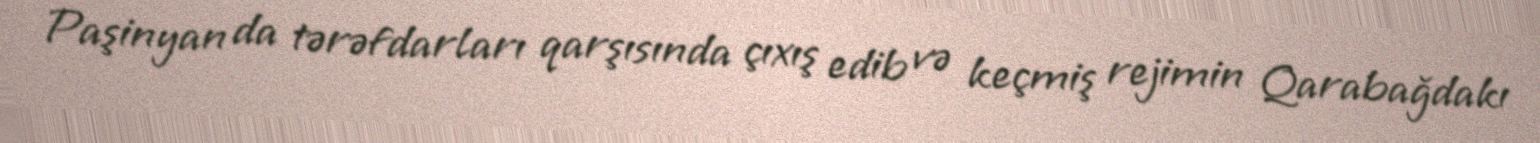
Paşinyan da tərəfdarları qarşısında çıxış edib və keçmiş rejimin Qarabağdakı